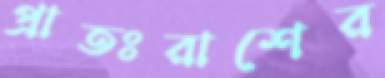
প্রাতঃরাশের